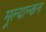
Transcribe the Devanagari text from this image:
मूल्यान्कन